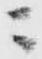
ニ